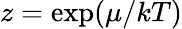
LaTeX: z=\exp(\mu/kT)